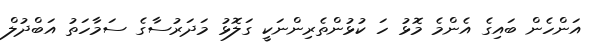
އަންހެން ބައިގެ އެންމެ މޮޅު ހަ ކުޅުންތެރިންނަކީ ގަލޮޅު މަދަރުސާގެ ސަމާހަތު އަބްދުލް